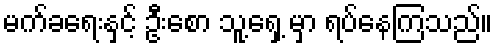
မက်ခရေးနှင့် ဦးစော သူ့ရှေ့ မှာ ရပ်နေကြသည်။